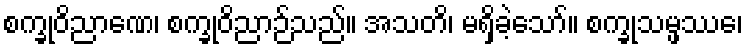
စက္ခုဝိညာဏေ၊ စက္ခုဝိညာဉ်သည်။ အသတိ၊ မရှိခဲ့သော်။ စက္ခုသမ္ဖဿေ၊